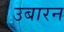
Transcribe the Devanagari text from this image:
उबारन